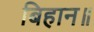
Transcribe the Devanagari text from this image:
बिहान॥